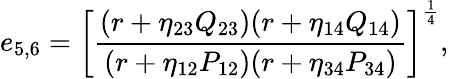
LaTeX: {e_{5,6}=\left[{\frac{(r+\eta_{23}Q_{23})(r+\eta_{14}Q_{14})}{(r+\eta_{12}P_{12})(r+\eta_{34}P_{34})}}\right]^{\frac{1}{4}}},